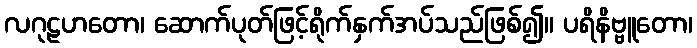
လဂုဠဟတော၊ ဆောက်ပုတ်ဖြင့်ရိုက်နှက်အပ်သည်ဖြစ်၍။ ပရိနိဗ္ဗူတော၊